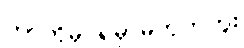
ဘာကိုမှ ရမှာမဟုတ်ဘူး